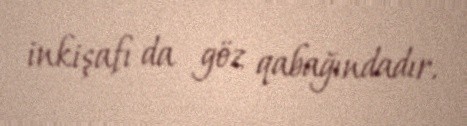
inkişafı da göz qabağındadır.